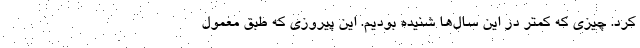
کرد. چیزی که کمتر در این سال‌ها شنیده بودیم. این پیروزی که طبق معمول